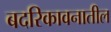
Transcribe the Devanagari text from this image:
बदरिकावनातील